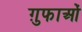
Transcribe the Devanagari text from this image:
ग़ुफाओं